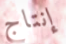
إنتاج